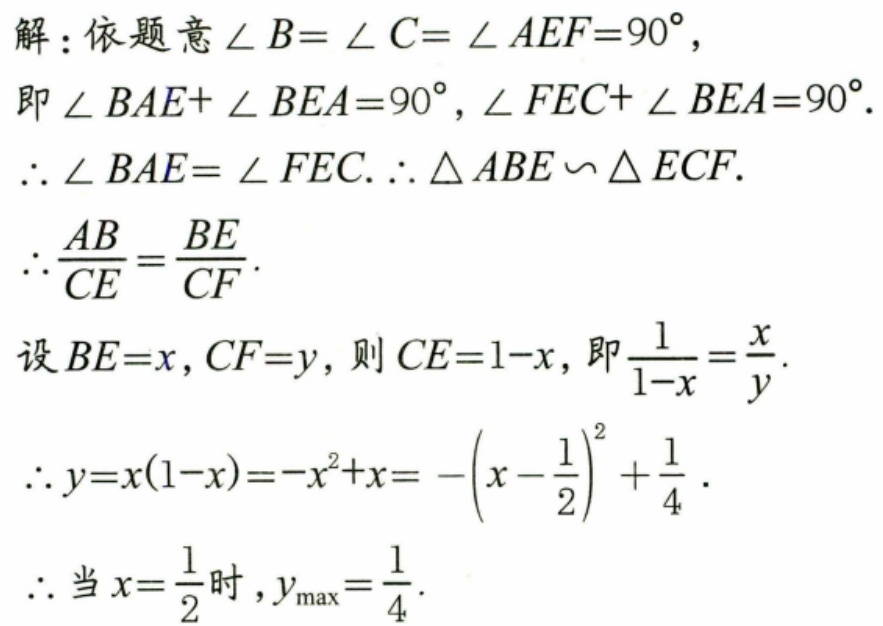
解：依题意$\angle B=\angle C=\angle AEF = 90^{\circ}$，
即$\angle BAE+\angle BEA = 90^{\circ}$，$\angle FEC+\angle BEA = 90^{\circ}$.
$\therefore\angle BAE=\angle FEC$.$\therefore\triangle ABE\backsim\triangle ECF$.
$\therefore\frac{AB}{CE}=\frac{BE}{CF}$.
设$BE = x$，$CF = y$，则$CE = 1 - x$，即$\frac{1}{1 - x}=\frac{x}{y}$.
$\therefore y=x(1 - x)=-x^{2}+x=-\left(x-\frac{1}{2}\right)^{2}+\frac{1}{4}$.
$\therefore$当$x = \frac{1}{2}$时，$y_{\max}=\frac{1}{4}$.